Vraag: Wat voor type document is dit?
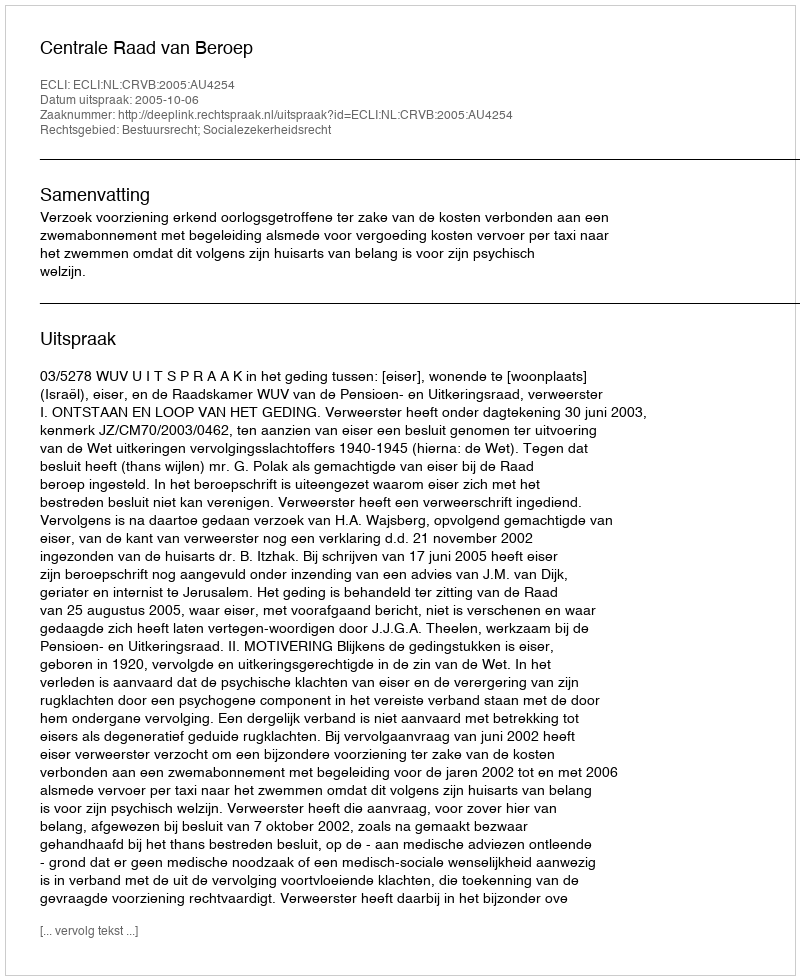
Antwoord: Uitspraak